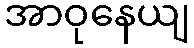
အာဝုနေယျ